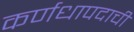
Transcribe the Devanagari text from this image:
कर्णधापदाची